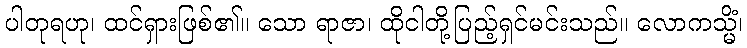
ပါတုရဟု၊ ထင်ရှားဖြစ်၏။ သော ရာဇာ၊ ထိုငါတို့ပြည့်ရှင်မင်းသည်။ လောကသ္မိံ၊